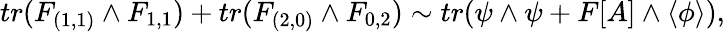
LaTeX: tr(F_{(1,1)}\wedge F_{1,1})+tr(F_{(2,0)}\wedge F_{0,2})\sim tr(\psi\wedge\psi+F[A]\wedge\langle\phi\rangle),